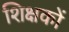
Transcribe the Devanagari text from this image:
शिक्षकों